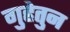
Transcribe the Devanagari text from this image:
गुहेतुन